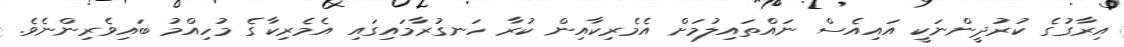
އިރާގުގެ ކުރުދީންނަކީ އައިއެސް ނައްތައިލުމަށް އެމެރިކާއިން ކުރާ ހަނގުރާމައިގައި އެމެރިކާގެ މުހިއްމު ބައިވެރިންނެވެ.